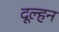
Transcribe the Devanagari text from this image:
दूल्हन